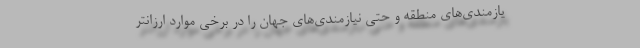
یازمندی‌های منطقه و حتی نیازمندی‌های جهان را در برخی موارد ارزانتر